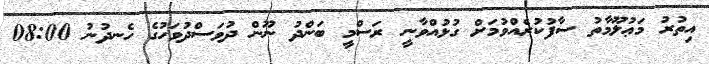
އިތުރު މަޢުލޫމާތު ސާފުކުރެއްވުމަށް ގުޅުއްވާނީ ރަސްމީ ބަންދު ނޫން ދުވަސްދުވަހުގެ ހެނދުނު 08:00